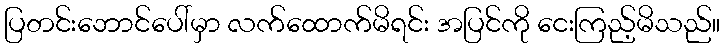
ပြတင်းဘောင်ပေါ်မှာ လက်ထောက်မိရင်း အပြင်ကို ငေးကြည့်မိသည်။